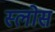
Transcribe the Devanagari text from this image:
स्लोस